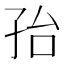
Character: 孡